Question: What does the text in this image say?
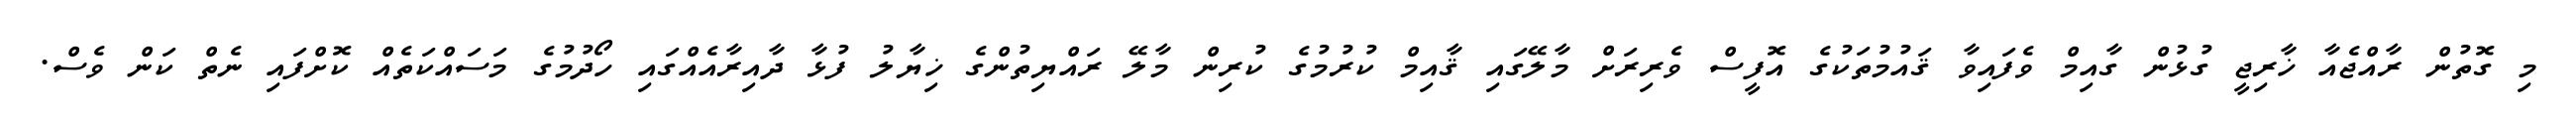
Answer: މި ގޮތުން ރާއްޖެއާ ޚާރިޖީ ގުޅުން ގާއިމް ވެފައިވާ ޤައުމުތަކުގެ އޮފީސް ވެރިރަށް މާލޭގައި ޤާއިމް ކުރުމުގެ ކުރިން މާލޭ ރައްޔިތުންގެ ޚިޔާލު ފުޅާ ދާއިރާއެއްގައި ހޯދުމުގެ މަސައްކަތެއް ކޮށްފައި ނެތް ކަން ވެސް.